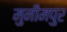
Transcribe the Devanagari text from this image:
मुनीमपुर